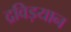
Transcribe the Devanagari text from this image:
द्रविड़यान